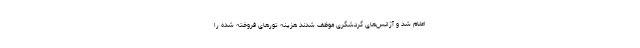
اعلام شد و آژانس‌های گردشگری موظف شدند هزینه تورهای فروخته شده را